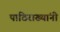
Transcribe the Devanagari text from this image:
पाठिराख्यांनी